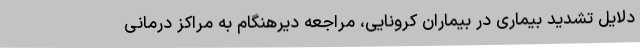
دلایل تشدید بیماری در بیماران کرونایی، مراجعه دیرهنگام به مراکز درمانی